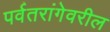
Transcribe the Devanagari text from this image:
पर्वतरांगेवरील